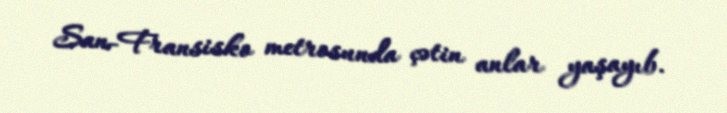
San-Fransisko metrosunda çətin anlar yaşayıb.